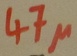
Text: 47µ